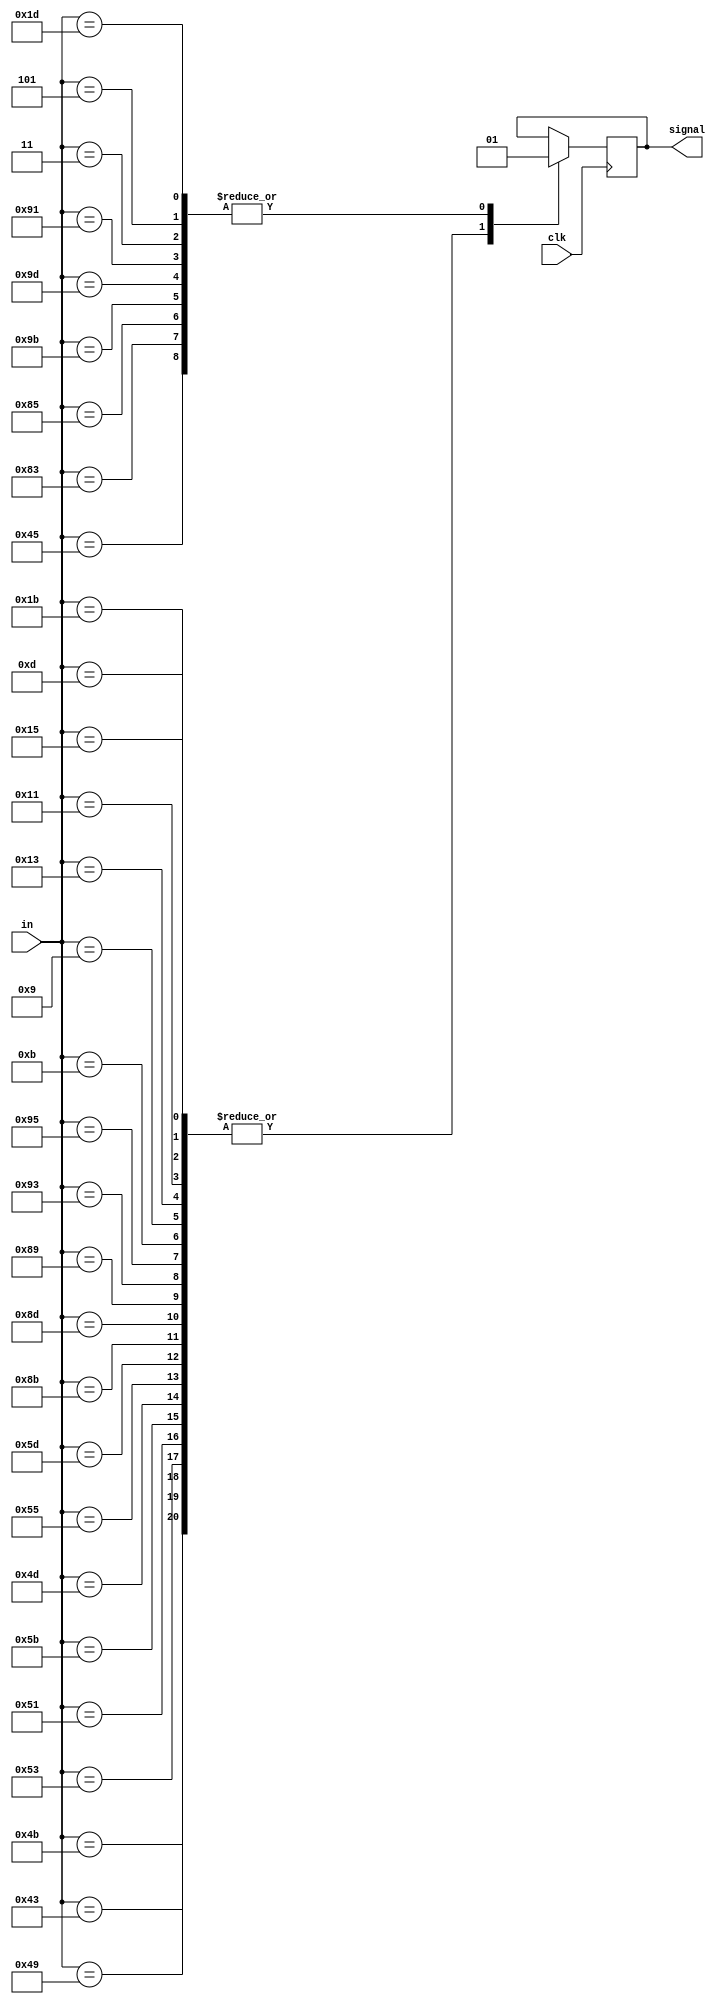
module benja(
    input clk,
    input [7:0] in,
    output reg signal
    );
  always@(posedge clk) begin
    case(in)
    8'b0001000011: signal = 1'b0;
  8'b0001001011: signal = 1'b0;
  8'b0001001001: signal = 1'b0;
  8'b0001010011: signal = 1'b0;
  8'b0001010001: signal = 1'b0;
  8'b0001011011: signal = 1'b0;
  8'b0101001011: signal = 1'b0;
  8'b0101001101: signal = 1'b0;
  8'b0101000011: signal = 1'b1;
  8'b0101000101: signal = 1'b1;
  8'b0101001001: signal = 1'b0;
  8'b0101010011: signal = 1'b0;
  8'b0101010101: signal = 1'b0;
  8'b1001010011: signal = 1'b0;
  8'b1001010101: signal = 1'b0;
  8'b1001001011: signal = 1'b1;
  8'b1001001101: signal = 1'b1;
  8'b1001001001: signal = 1'b1;
  8'b1001000011: signal = 1'b1;
  8'b1001000101: signal = 1'b1;
  8'b1101011011: signal = 1'b0;
  8'b1101011101: signal = 1'b0;
  8'b1101010011: signal = 1'b1;
  8'b1101010101: signal = 1'b1;
  8'b1101010001: signal = 1'b1;
  8'b1101001011: signal = 1'b1;
  8'b1101001101: signal = 1'b1;
  8'b1101001001: signal = 1'b1;
  8'b1101000011: signal = 1'b1;
  8'b0110001011: signal = 1'b0;
  8'b0110001101: signal = 1'b0;
  8'b0110000011: signal = 1'b1;
  8'b0110000101: signal = 1'b1;
  8'b0110001001: signal = 1'b0;
  8'b0110010011: signal = 1'b0;
  8'b0110010101: signal = 1'b0;
  8'b1010010011: signal = 1'b1;
  8'b1010010101: signal = 1'b1;
  8'b1010001011: signal = 1'b1;
  8'b1010001101: signal = 1'b1;
  8'b1010001001: signal = 1'b1;
  8'b1010000011: signal = 1'b1;
  8'b1010000101: signal = 1'b1;
  8'b1110011011: signal = 1'b1;
  8'b1110011101: signal = 1'b1;
  8'b1110010011: signal = 1'b1;
  8'b1110010101: signal = 1'b1;
  8'b1110010001: signal = 1'b1;
  8'b1110001011: signal = 1'b1;
  8'b1110001101: signal = 1'b1;
  8'b1110001001: signal = 1'b1;
  8'b1110000011: signal = 1'b1;
  8'b0101010001: signal = 1'b0;
  8'b0101011011: signal = 1'b0;
  8'b0001001101: signal = 1'b0;
  8'b0001000101: signal = 1'b0;
  8'b0001010101: signal = 1'b0;
  8'b1001011011: signal = 1'b0;
  8'b1001011101: signal = 1'b0;
  8'b1001010001: signal = 1'b0;
  8'b0100000011: signal = 1'b1;
  8'b0100001011: signal = 1'b0;
  8'b0100001001: signal = 1'b0;
  8'b0100010011: signal = 1'b0;
  8'b0100010001: signal = 1'b0;
  8'b0100011011: signal = 1'b0;
  8'b1010011011: signal = 1'b1;
  8'b1010011101: signal = 1'b1;
  8'b1010010001: signal = 1'b1;
  8'b0100010101: signal = 1'b0;
  8'b0100001101: signal = 1'b0;
  8'b0100000101: signal = 1'b1;
  8'b1000011011: signal = 1'b1;
  8'b1000011101: signal = 1'b1;
  8'b1000010011: signal = 1'b1;
  8'b1000010101: signal = 1'b1;
  8'b1000010001: signal = 1'b1;
  8'b1000001011: signal = 1'b1;
  8'b1000001101: signal = 1'b1;
  8'b1000001001: signal = 1'b1;
  8'b1000000011: signal = 1'b1;
  8'b0010001011: signal = 1'b1;
  8'b0010001101: signal = 1'b1;
  8'b0010000011: signal = 1'b1;
  8'b0010000101: signal = 1'b1;
  8'b0010001001: signal = 1'b1;
  8'b0010010011: signal = 1'b1;
  8'b0010010101: signal = 1'b1;
  8'b0101011101: signal = 1'b0;
  8'b0110011011: signal = 1'b0;
  8'b0110011101: signal = 1'b0;
  8'b0110010001: signal = 1'b0;
  8'b0100011101: signal = 1'b0;
  8'b0001011101: signal = 1'b0;
  endcase
  end
endmodule